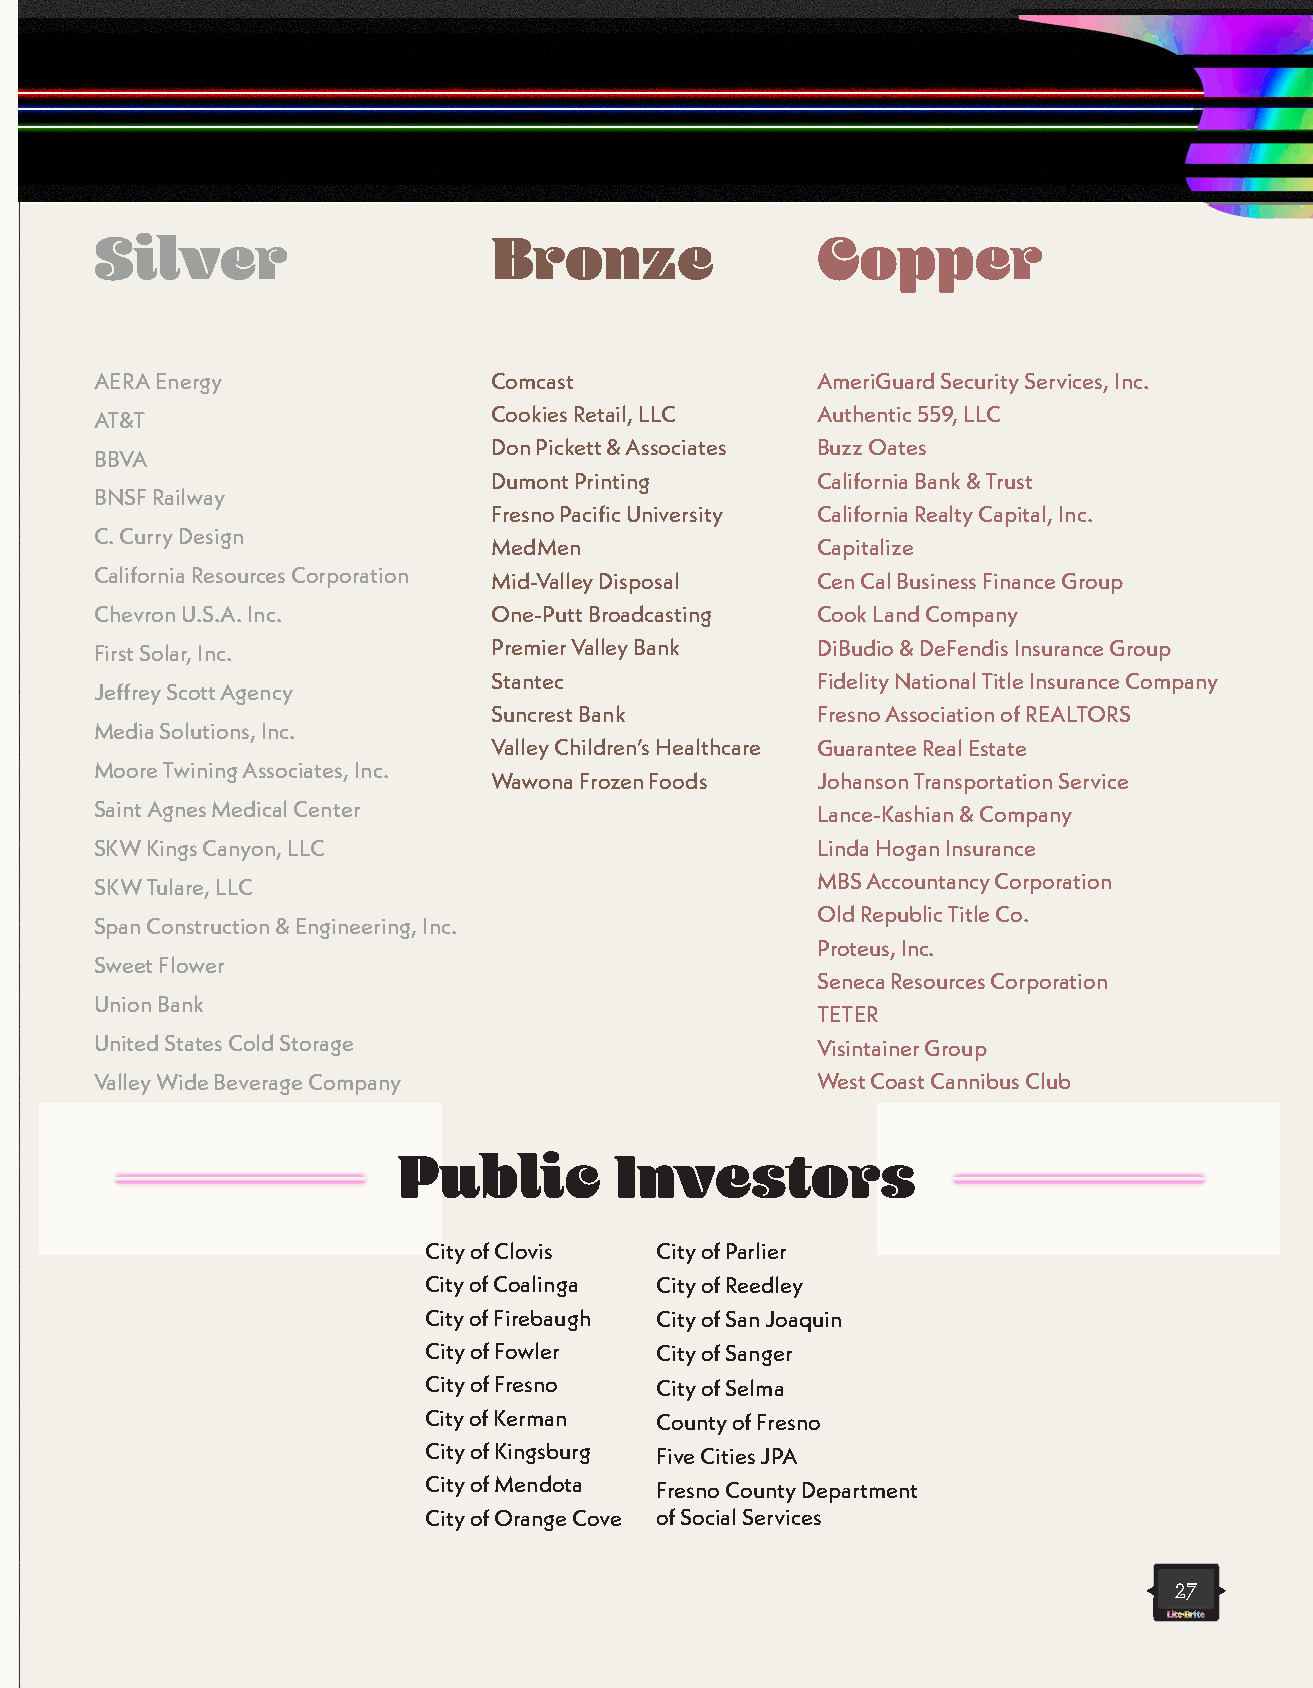
Silver                     Bronze               Copper
 $2,500   ↑                 $1,500  ↑            $750   ↑
 AERA Energy                Comcast              AmeriGuard Security Services, Inc.
 AT&T                       Cookies Retail, LLC  Authentic 559, LLC
 Don Pickett & Associates Buzz Oates
 BBVA
 Dumont Printing      California Bank & Trust
 BNSF Railway
 Fresno Pacific University California Realty Capital, Inc.
 C. Curry Design
 MedMen               Capitalize
 California Resources Corporation Mid-Valley Disposal Cen Cal Business Finance Group
 Chevron U.S.A. Inc.        One-Putt Broadcasting Cook Land Company
 First Solar, Inc.          Premier Valley Bank  DiBudio & DeFendis Insurance Group
 Stantec              Fidelity National Title Insurance Company
 Jeffrey Scott Agency
 Suncrest Bank        Fresno Association of REALTORS
 Media Solutions, Inc.
 Valley Children’s Healthcare Guarantee Real Estate
 Moore Twining Associates, Inc.
 Wawona Frozen Foods  Johanson Transportation Service
 Saint Agnes Medical Center                      Lance-Kashian & Company
 SKW Kings Canyon, LLC                           Linda Hogan Insurance
 SKW Tulare, LLC                                 MBS Accountancy Corporation
 Old Republic Title Co.
 Span Construction & Engineering, Inc.
 Proteus, Inc.
 Sweet Flower
 Seneca Resources Corporation
 Union Bank
 TETER
 United States Cold Storage                      Visintainer Group
 Valley Wide Beverage Company                    West Coast Cannibus Club
 Public         Investors
 City of Clovis City of Parlier
 City of Coalinga City of Reedley
 City of Firebaugh City of San Joaquin
 City of Fowler City of Sanger
 City of Fresno City of Selma
 City of Kerman County of Fresno
 City of Kingsburg Five Cities JPA
 City of Mendota Fresno County Department
 City of Orange Cove of Social Services
 27